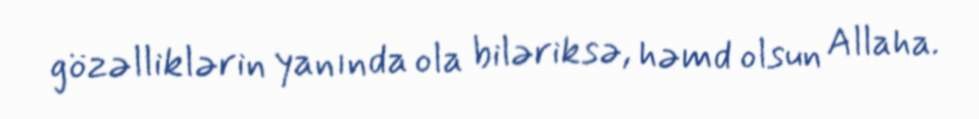
gözəlliklərin yanında ola biləriksə, həmd olsun Allaha.